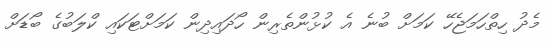
މެދު ހިތްހަމަޖެހޭ ކަމަށް ބުނެ އެ ކުޅުންތެރިން ހޯދައިދިން ކަމަށްޓަކައި ކްލަބުގެ ބޯޑަށް